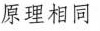
原理相同